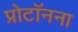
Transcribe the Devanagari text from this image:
प्रोटॉनना